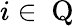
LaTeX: i\in\mathrm{~Q~}